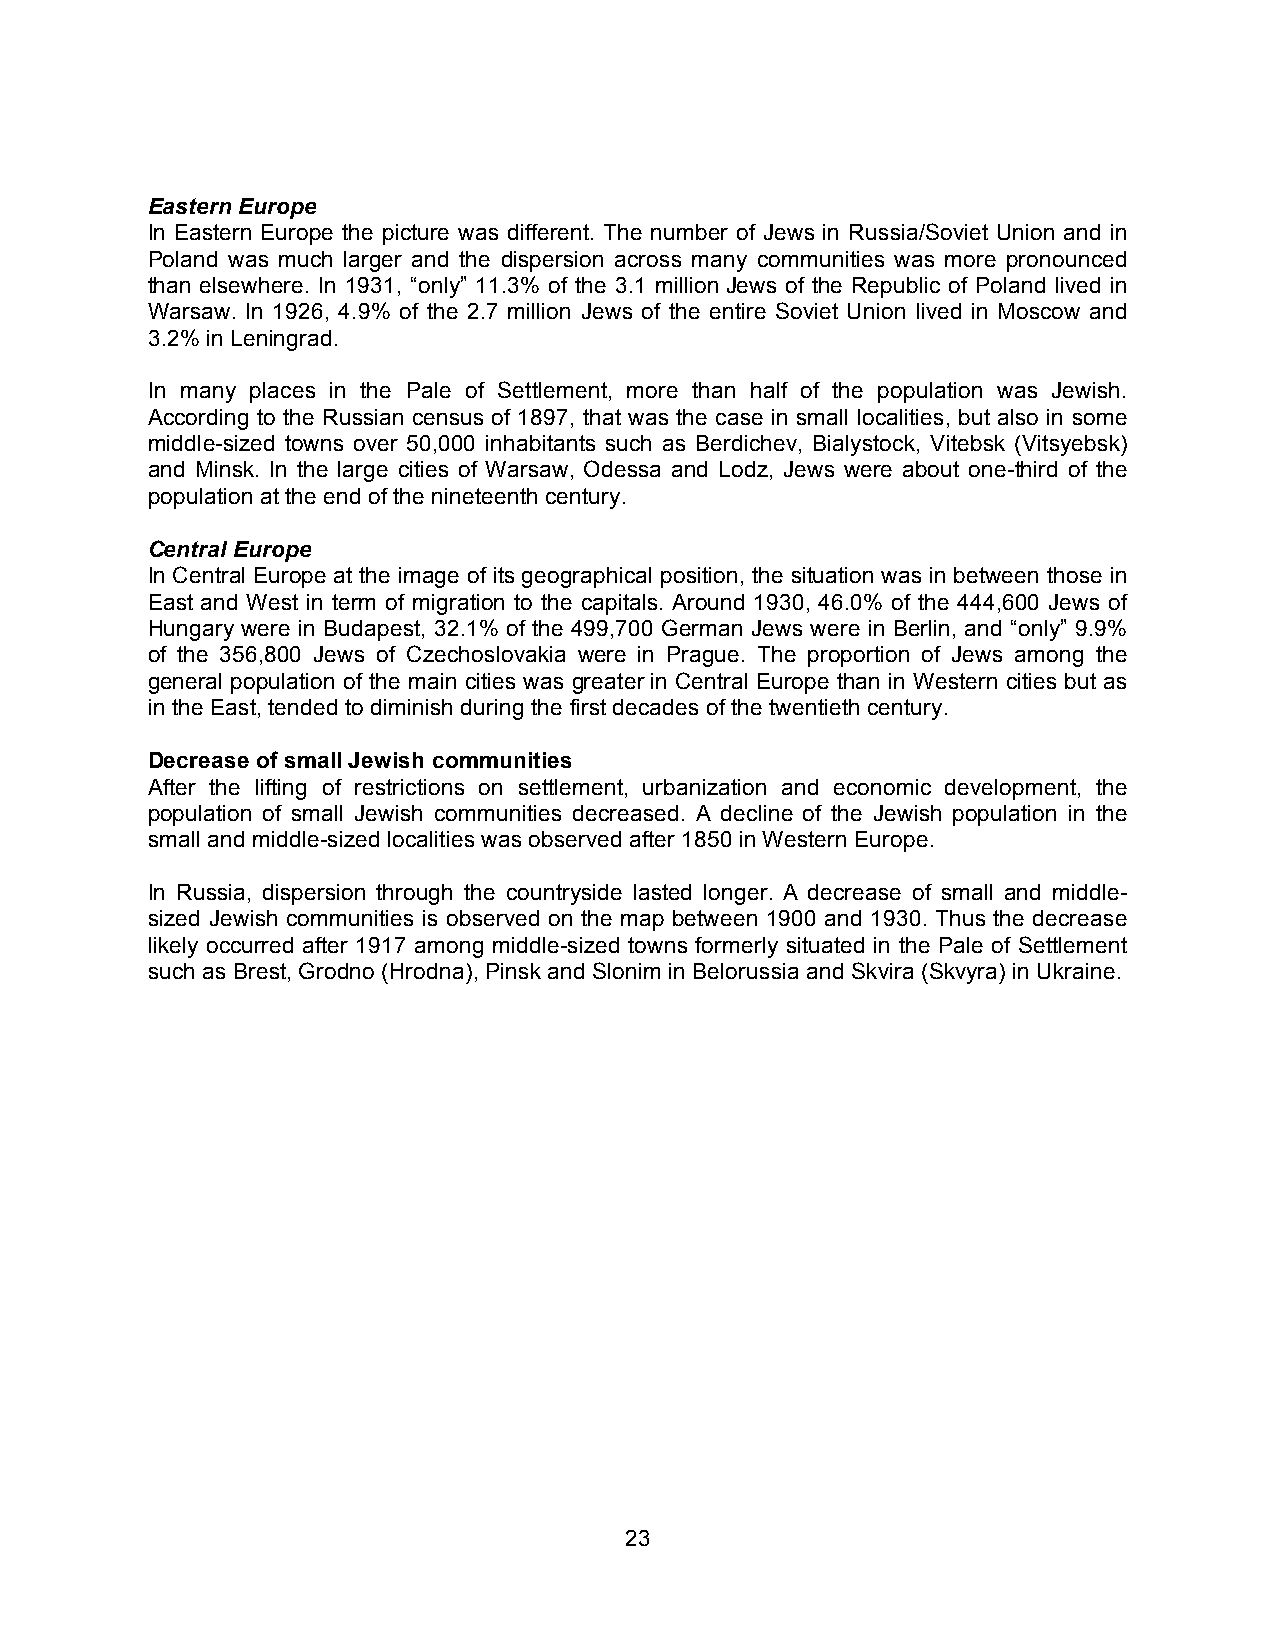
Eastern Europe
 In Eastern Europe the picture was different. The number of Jews in Russia/Soviet Union and in
 Poland was much larger and the dispersion across many communities was more pronounced
 than elsewhere. In 1931, “only” 11.3% of the 3.1 million Jews of the Republic of Poland lived in
 Warsaw. In 1926, 4.9% of the 2.7 million Jews of the entire Soviet Union lived in Moscow and
 3.2% in Leningrad.
 In many places in the Pale of Settlement, more than half of the population was Jewish.
 According to the Russian census of 1897, that was the case in small localities, but also in some
 middle-sized towns over 50,000 inhabitants such as Berdichev, Bialystock, Vitebsk (Vitsyebsk)
 and Minsk. In the large cities of Warsaw, Odessa and Lodz, Jews were about one-third of the
 population at the end of the nineteenth century.
 Central Europe
 In Central Europe at the image of its geographical position, the situation was in between those in
 East and West in term of migration to the capitals. Around 1930, 46.0% of the 444,600 Jews of
 Hungary were in Budapest, 32.1% of the 499,700 German Jews were in Berlin, and “only” 9.9%
 of the 356,800 Jews of Czechoslovakia were in Prague. The proportion of Jews among the
 general population of the main cities was greater in Central Europe than in Western cities but as
 in the East, tended to diminish during the first decades of the twentieth century.
 Decrease of small Jewish communities
 After the lifting of restrictions on settlement, urbanization and economic development, the
 population of small Jewish communities decreased. A decline of the Jewish population in the
 small and middle-sized localities was observed after 1850 in Western Europe.
 In Russia, dispersion through the countryside lasted longer. A decrease of small and middle-
 sized Jewish communities is observed on the map between 1900 and 1930. Thus the decrease
 likely occurred after 1917 among middle-sized towns formerly situated in the Pale of Settlement
 such as Brest, Grodno (Hrodna), Pinsk and Slonim in Belorussia and Skvira (Skvyra) in Ukraine.
 23